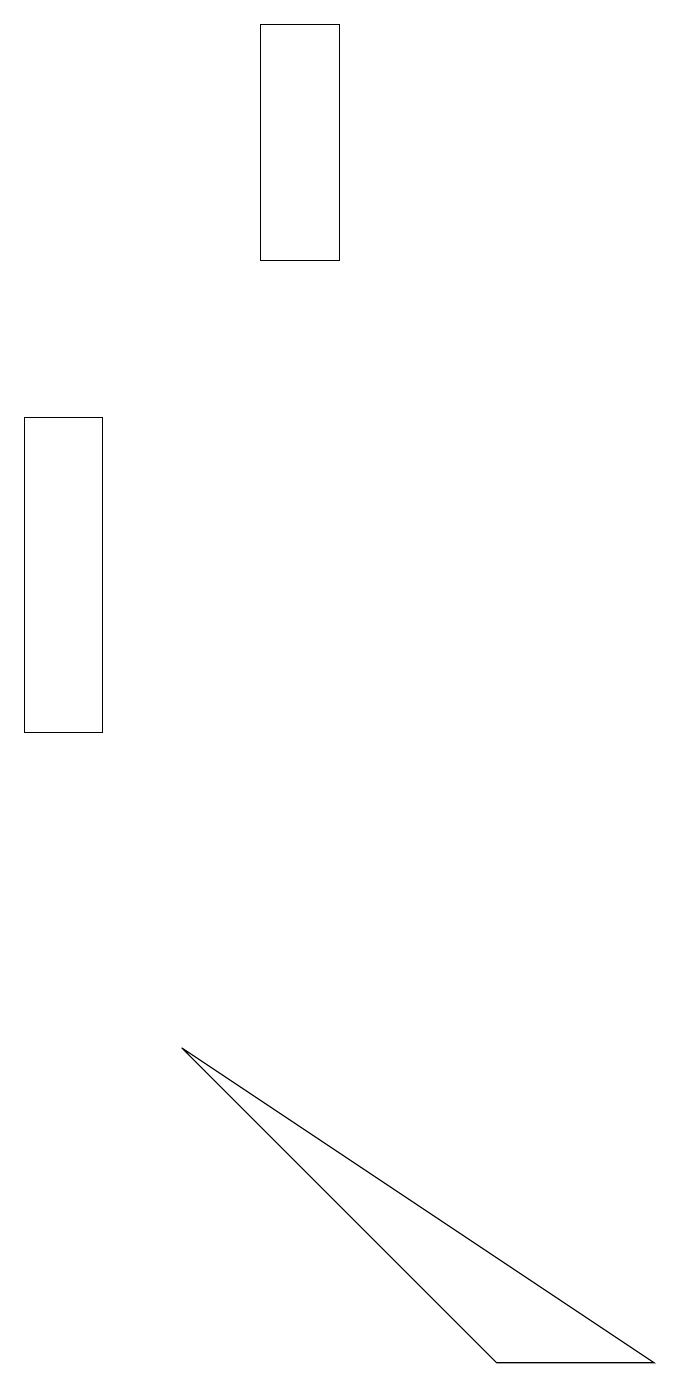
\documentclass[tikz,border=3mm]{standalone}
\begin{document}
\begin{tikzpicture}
\draw (2,10) rectangle (1,14);
\draw (3,6) -- (7,2) -- (9,2) -- cycle;
\draw (4,16) rectangle (5,19);
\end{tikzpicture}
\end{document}